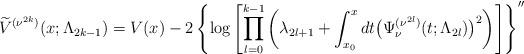
LaTeX: \begin{gather*} \widetilde{V}^{( \nu ^{2k}) }(x;\Lambda _{2k-1})=V(x)-2\left\{ \log \left[\prod\limits_{l=0}^{k-1}\left( \lambda _{2l+1}+\int_{x_{0}}^{x}dt\big( \Psi _{\nu }^{( \nu ^{2l}) }(t;\Lambda _{2l})\big) ^{2}\right) \right]\right\} ^{\prime \prime } \end{gather*}